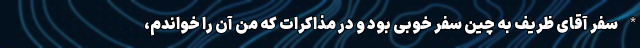
* سفر آقای ظریف به چین سفر خوبی بود و در مذاکرات که من آن را خواندم،